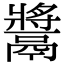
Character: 𩱑